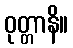
ဝုတ္တာနိ။